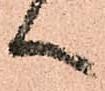
へ